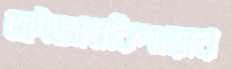
ফৌজদারিপাড়ার